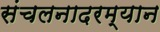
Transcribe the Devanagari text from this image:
संचलनादरम्यान